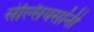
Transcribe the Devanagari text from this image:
सेल्सियसांनी